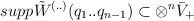
\begin{align*}supp\tilde{W}^{(..)}(q_{1}..q_{n-1})\subset \otimes ^{n}\bar{V}_{+}\end{align*}